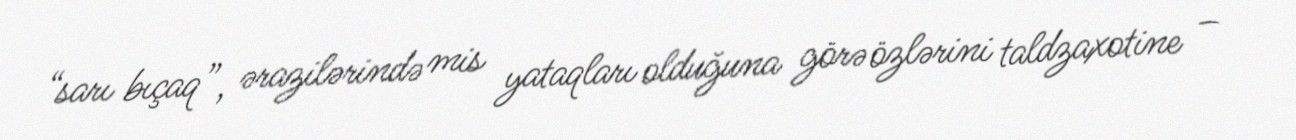
“sarı bıçaq”, ərazilərində mis yataqları olduğuna görə özlərini taldzaxotine –